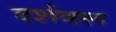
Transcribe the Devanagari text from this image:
दर्शवल